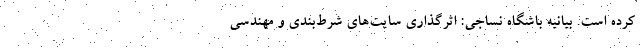
کرده است. بیانیه باشگاه نساجی: اثرگذاری سایت‌های شرط‌بندی و مهندسی